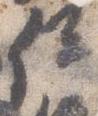
位